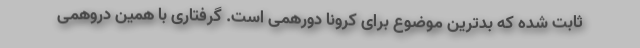
ثابت شده که بدترین موضوع برای کرونا دورهمی است. گرفتاری با همین دروهمی